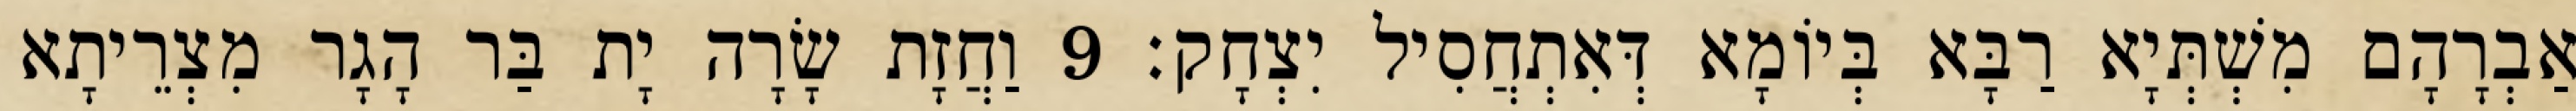
אַבְרָהָם מִשְׁתְּיָא רַבָּא בְּיוֹמָא דְּאִתְחֲסִיל יִצְחָק׃ 9 וַחֲזָת שָׂרָה יָת בַּר הָגָר מִצְרֵיתָא